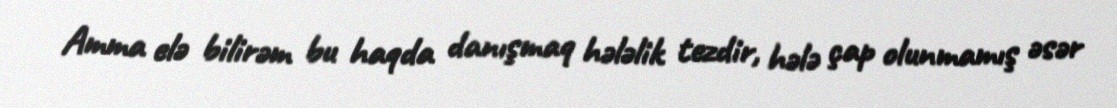
Amma elə bilirəm bu haqda danışmaq hələlik tezdir, hələ çap olunmamış əsər